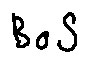
B o S